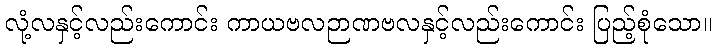
လုံ့လနှင့်လည်းကောင်း ကာယဗလဉာဏဗလနှင့်လည်းကောင်း ပြည့်စုံသော။